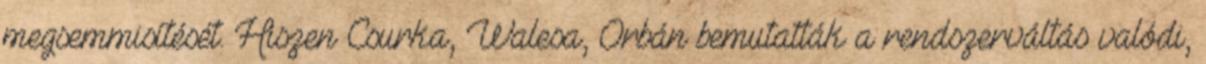
megsemmisítését. Hiszen Csurka, Walesa, Orbán bemutatták a rendszerváltás valódi,